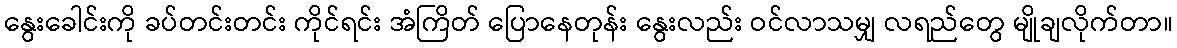
နွေးခေါင်းကို ခပ်တင်းတင်း ကိုင်ရင်း အံကြိတ် ပြောနေတုန်း နွေးလည်း ဝင်လာသမျှ လရည်တွေ မျိုချလိုက်တာ။